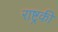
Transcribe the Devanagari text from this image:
राष्ट्रकी